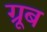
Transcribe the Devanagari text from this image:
ग्रूब